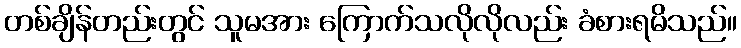
တစ်ချိန်တည်းတွင် သူမအား ကြောက်သလိုလိုလည်း ခံစားရမိသည်။